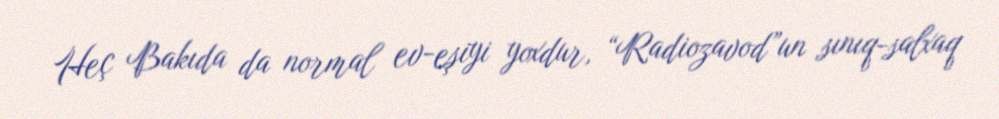
Heç Bakıda da normal ev-eşiyi yoxdur, “Radiozavod”un sınıq-salxaq